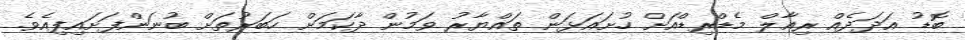
ބޮޑު އަދަދެއް ރިއާލް މެޑްރިޑްއަށް ހުށައަޅަން ތައްޔާރު ވަމުން ދާކަމަށް ހަބަރުތަށް ބުނަންފަށައިފިއެވެ.